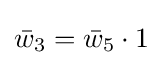
{\bar {w}}_{3}={\bar {w}}_{5}\cdot 1